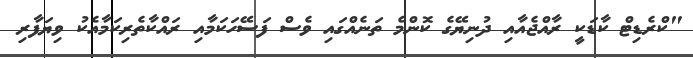
"ކްރެޑިޓް ކާޑަކީ ރާއްޖެއާއި ދުނިޔޭގެ ކޮންމެ ތަނެއްގައި ވެސް ފަސޭހަކަމާއި ރައްކާތެރިކަމާއެކު ވިޔަފާރި